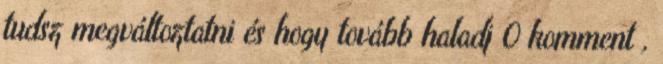
tudsz megváltoztatni és hogy tovább haladj 0 komment ,